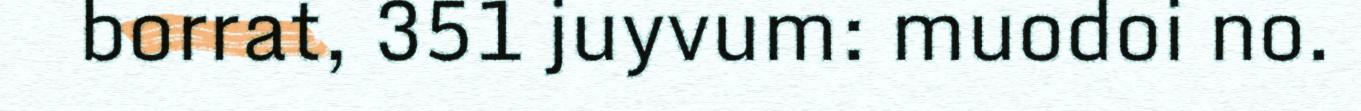
borrat, 351 juyvum: muodoi no.